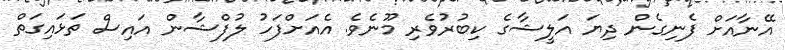
އޭނާއަށް ފެނިގެން ދިޔަ އަލީޝާގެ ކިބުރުވެރި މޫނެވެ. އެއަށްފަހު ލުފްޝާން އައިސް ތަޅައިގަތް